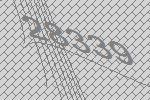
28339